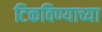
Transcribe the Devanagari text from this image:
टिकविण्याच्या